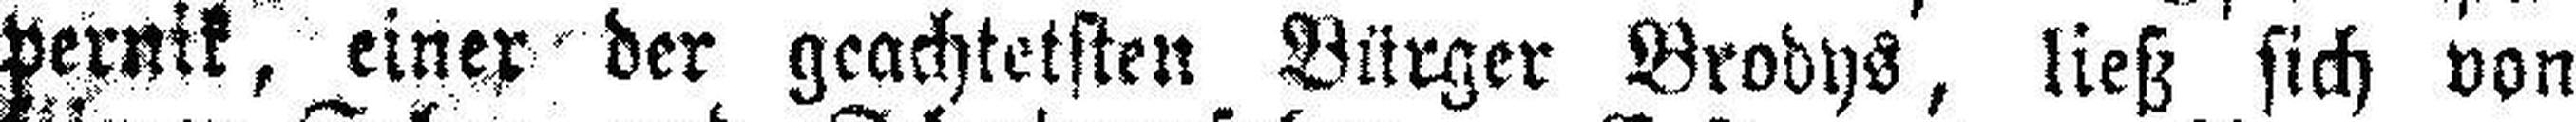
pernik, einer der geachtetsten Bürger Brodys, ließ sich von